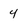
Character: 4